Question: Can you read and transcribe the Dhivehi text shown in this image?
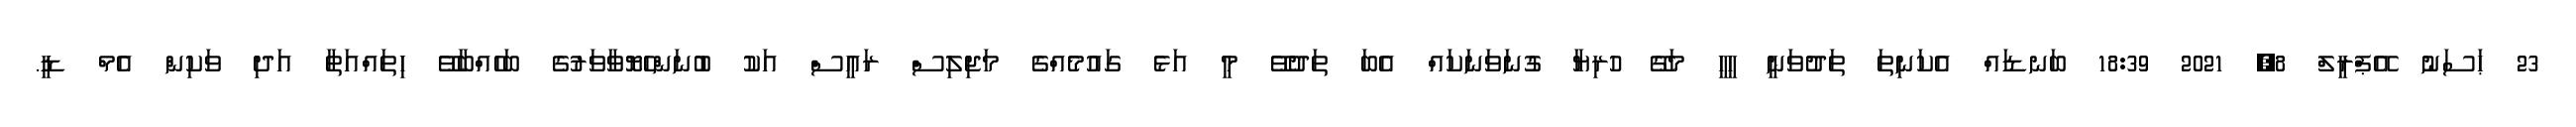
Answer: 23 ޙަސަނު އޭޕްރީލް 8, 2021 18:39 ބަނޑައް އެކަނިތަ ތަދުވަނީ ހީހީ މަގޭ ހުރިޔާ ގުނަވަނަކައް އެބަ ތަދުވޭ މީ އަޅެ ގައުމެއްގެ މަޖިލިސް ރައީސް އަކު ބުނަންހެޔޮވާވަރުގެ ބަހެއްބާވޭ ހިތައްއަތާ އަދި ވަކިން އެމް ޑީ.